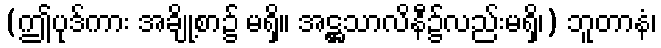
(ဤပုဒ်ကား အချို့စာ၌ မရှိ။ အဋ္ဌသာလိနီ၌လည်းမရှိ၊) ဘူတာနံ၊